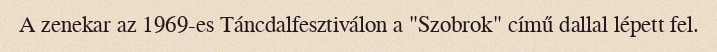
A zenekar az 1969-es Táncdalfesztiválon a "Szobrok" című dallal lépett fel.